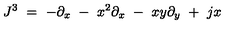
J ^ { 3 } \ = \ - \partial _ { x } \ - \ x ^ { 2 } \partial _ { x } \ - \ x y \partial _ { y } \ + \ j x